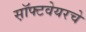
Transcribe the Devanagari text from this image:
स़ॉफ्टवेयरचे